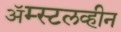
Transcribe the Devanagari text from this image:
ॲम्स्टलव्हीन